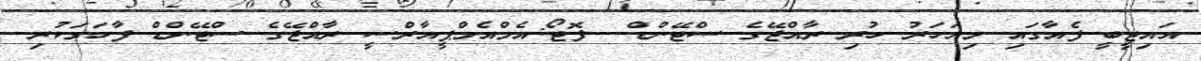
އައިޓީބީ ފެއާގައި މިއަހަރު ހުރި ރާއްޖޭގެ ސްޓޭންޑް-- ފޮޓޯ:އެމްއެމްޕީއާރްސީ ރާއްޖޭގެ ސްޓޭންޑް ފާހަގަކުރި